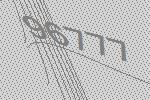
96777